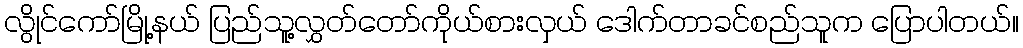
လွိုင်ကော်မြို့နယ် ပြည်သူ့လွှတ်တော်ကိုယ်စားလှယ် ဒေါက်တာခင်စည်သူက ပြောပါတယ်။